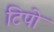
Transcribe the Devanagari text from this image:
टिपो